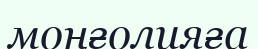
моңғолияға